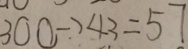
3 0 0 \rightarrow 4 3 = 5 7